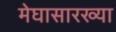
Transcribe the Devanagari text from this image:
मेघासारख्या